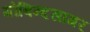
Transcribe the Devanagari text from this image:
गोबिन्‍दसागर